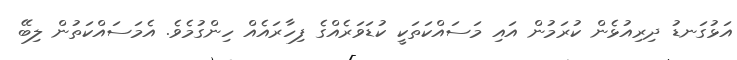
އަޅުގަނޑު ދިރިއުޅެން ކުރަމުން އައި މަސައްކަތަކީ ކުޑަވަރެއްގެ ފިހާރައެއް ހިންގުމެވެ. އެމަސައްކަތުން ލިބޭ